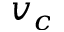
v _ { c }